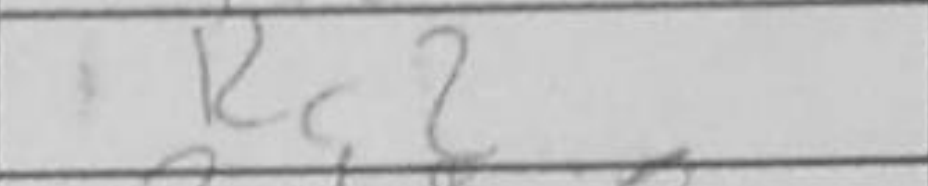
Transcription: Rc2